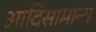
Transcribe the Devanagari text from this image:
आदिसामान्य